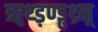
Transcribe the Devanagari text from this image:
ॠथ्ड़ण्ड्ढथ्र्न्र्